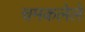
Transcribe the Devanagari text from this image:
चमकलेले